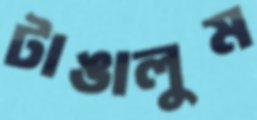
টাঙালুম